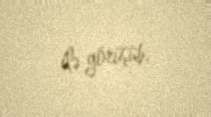
ilə görüşüb.